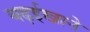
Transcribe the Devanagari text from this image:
बढ़ईखाने